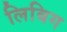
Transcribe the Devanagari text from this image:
लिबिग